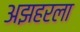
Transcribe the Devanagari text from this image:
अझहरला